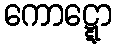
ကောဋ္ဋော